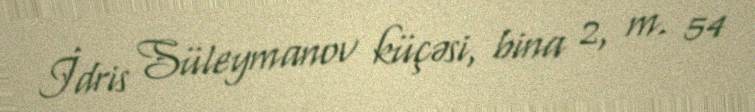
İdris Süleymanov küçəsi, bina 2, m. 54